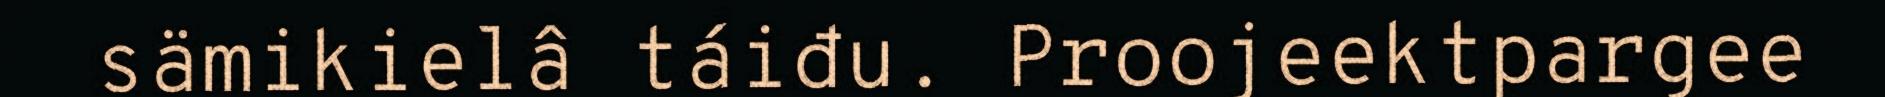
sämikielâ táiđu. Proojeektpargee